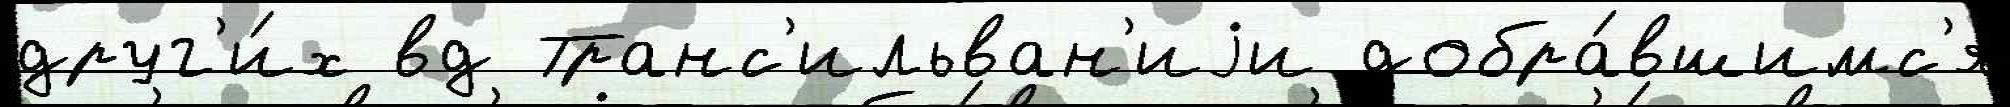
друг'и́х вд Транс'ильван'иjи добра́вшимс'я